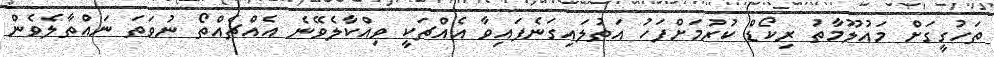
ތަހުގީގަށް މައުލޫމާތު ރިކޯޑް ކުރުމަށްފަހު އަތުލައިގަނެފައިވާ އެއްޗަކީ ވިއްކާލެވޭނެ އެއްޗެއްތޯ ނުވަތަ ނައްތާލެވެން